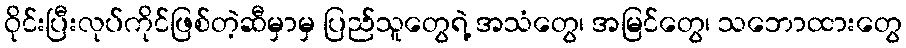
ဝိုင်းပြီးလုပ်ကိုင်ဖြစ်တဲ့ဆီမှာမှ ပြည်သူတွေရဲ့ အသံတွေ၊ အမြင်တွေ၊ သဘောထားတွေ